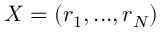
\boldsymbol { X } = \left( \boldsymbol { r } _ { 1 } , . . . , \boldsymbol { r } _ { N } \right)